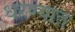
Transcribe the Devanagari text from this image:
धरण्‍यात